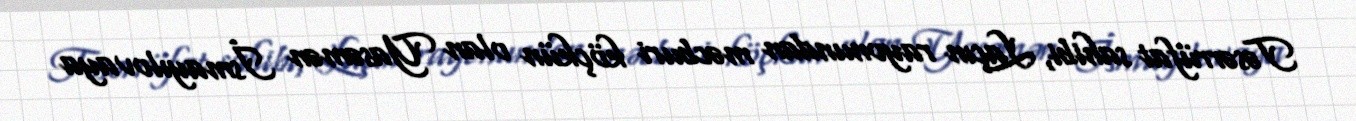
Təsərrüfat sahibi, Laçın rayonundan məcburi köçkün olan Yasəmən İsmayılovaya